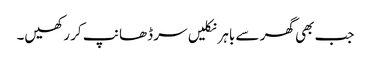
جب بھی گھر سے باہر نکلیں سر ڈھانپ کر رکھیں۔